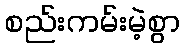
စည်းကမ်းမဲ့စွာ